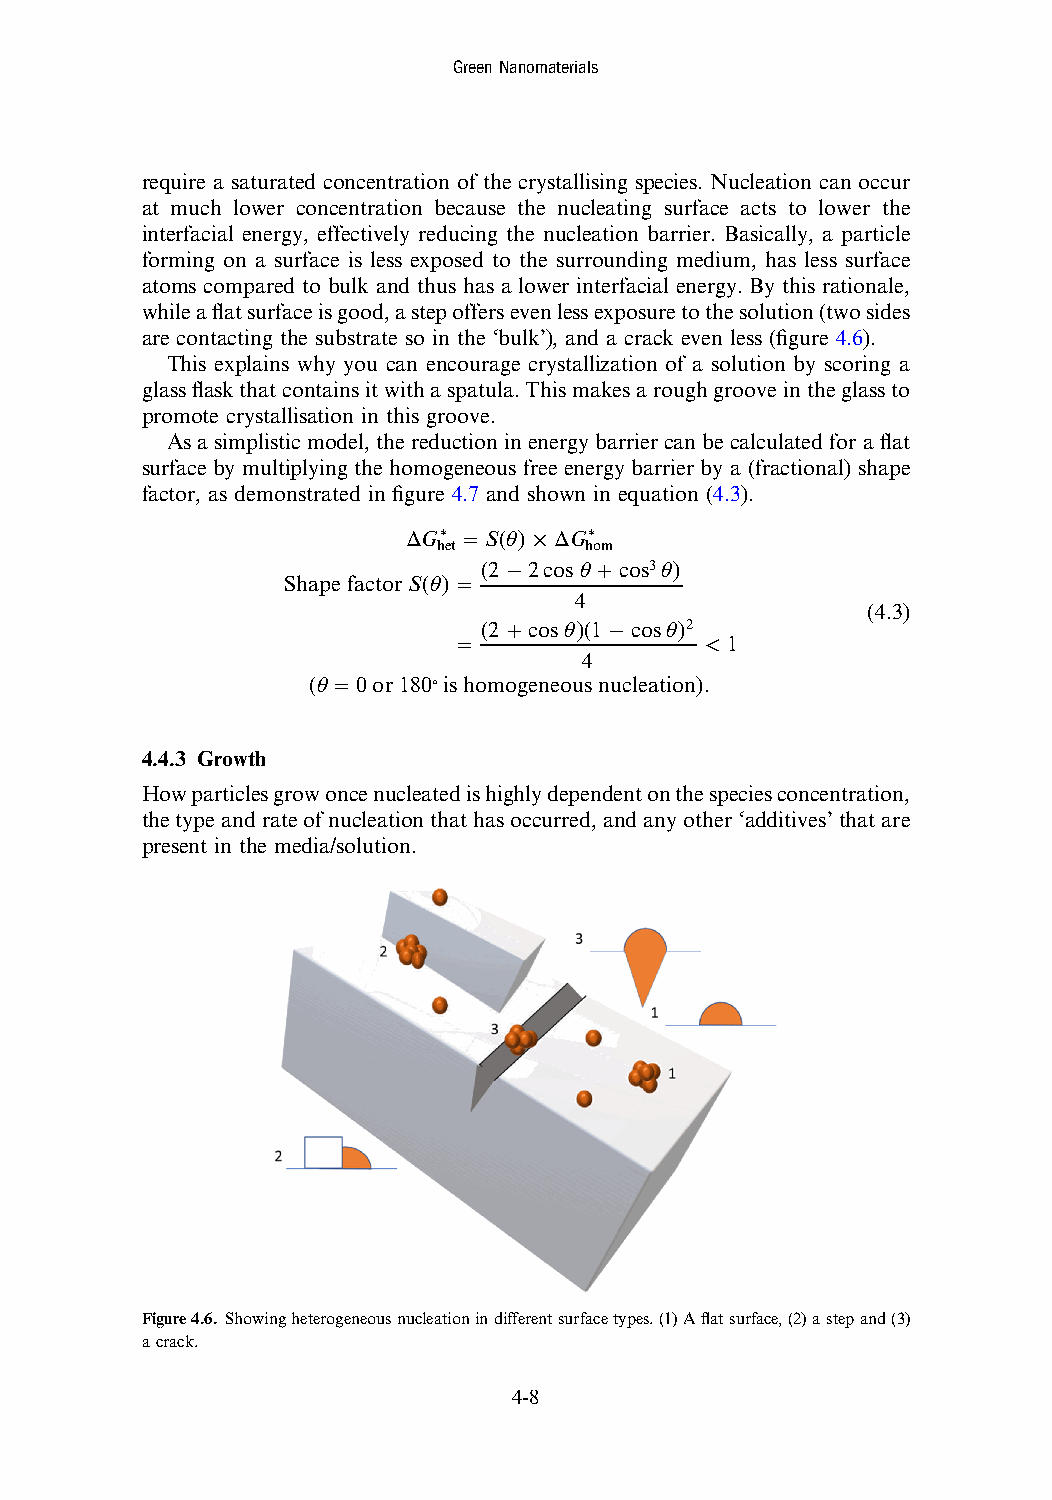
GreenNanomaterials
 require a saturated concentration of the crystallising species. Nucleation can occur
 at much lower concentration because the nucleating surface acts to lower the
 interfacial energy, effectively reducing the nucleation barrier. Basically, a particle
 forming on a surface is less exposed to the surrounding medium, has less surface
 atoms compared to bulk and thus has a lower interfacial energy. By this rationale,
 whileaflatsurfaceisgood,astepoffersevenlessexposuretothesolution(twosides
 are contacting the substrate so in the ‘bulk’), and a crack even less (figure 4.6).
 This explains why you can encourage crystallization of a solution by scoring a
 glassflaskthatcontainsitwithaspatula.Thismakesaroughgrooveintheglassto
 promote crystallisation in this groove.
 Asasimplistic model,the reduction in energybarriercan becalculatedfor aflat
 surface by multiplying the homogeneous free energy barrier by a (fractional) shape
 factor, as demonstrated in figure 4.7 and shown in equation (4.3).
 ΔG∗ = S(θ) × ΔG∗
 het       hom
 (2 − 2cosθ + cos3θ)
 ShapefactorS(θ) =
 4
 (4.3)
 (2 + cosθ)(1 − cosθ)2
 =                < 1
 4
 (θ = 0or180°ishomogeneousnucleation).
 4.4.3 Growth
 Howparticlesgrowoncenucleatedishighlydependentonthespeciesconcentration,
 thetypeandrateofnucleationthathasoccurred,andanyother‘additives’thatare
 present in the media/solution.
 Figure4.6. Showingheterogeneousnucleationindifferentsurfacetypes.(1)Aflatsurface,(2)astepand(3)
 acrack.
 4-8